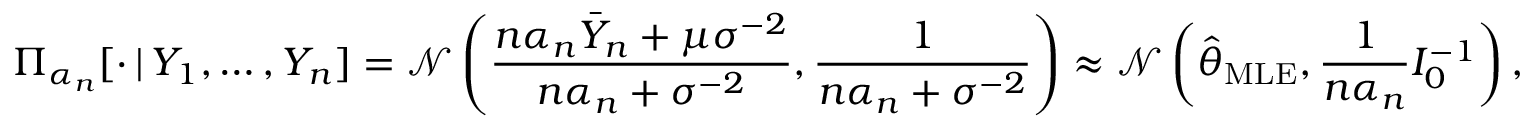
\Pi _ { \alpha _ { n } } [ \cdot \, | \, Y _ { 1 } , \dots , Y _ { n } ] = \mathcal { N } \left( \frac { n \alpha _ { n } \bar { Y } _ { n } + \mu \sigma ^ { - 2 } } { n \alpha _ { n } + \sigma ^ { - 2 } } , \frac { 1 } { n \alpha _ { n } + \sigma ^ { - 2 } } \right) \approx \mathcal { N } \left( \hat { \theta } _ { \mathrm { M L E } } , \frac { 1 } { n \alpha _ { n } } I _ { 0 } ^ { - 1 } \right) ,